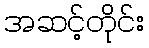
အဆင့်တိုင်း